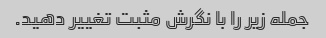
جمله زیر را با نگرش مثبت تغییر دهید.